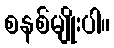
စနစ်မျိုးပါ။